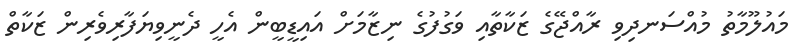
މައުލޫމާތު މުއްސަނދިވި ރާއްޖޭގެ ޒަކާތާއި ވަގުފުގެ ނިޒާމަށް އައިޑީބީން އެހީ ދެނީވިޔަފާރިވެރިން ޒަކާތް